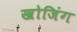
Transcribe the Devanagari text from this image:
खोजिंग